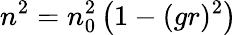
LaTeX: n^{2}=n_{0}^{2}\left(1-(gr)^{2}\right)